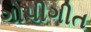
ગોપીગીત